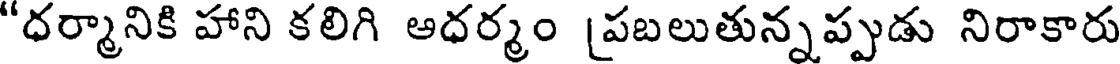
"ధర్మానికి హాని కలిగి అధర్మం [పబలుతున్నప్పుడు నిరాకారు